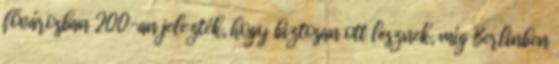
fővárosban 200-an jelezték, hogy biztosan ott lesznek, míg Berlinben